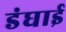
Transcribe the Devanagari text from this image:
डंघाई